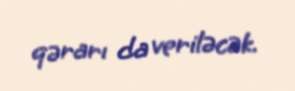
qərarı da veriləcək.